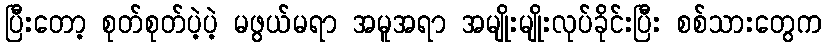
ပြီးတော့ စုတ်စုတ်ပဲ့ပဲ့ မဖွယ်မရာ အမူအရာ အမျိုးမျိုးလုပ်ခိုင်းပြီး စစ်သားတွေက